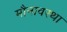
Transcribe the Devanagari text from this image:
मौनावस्था